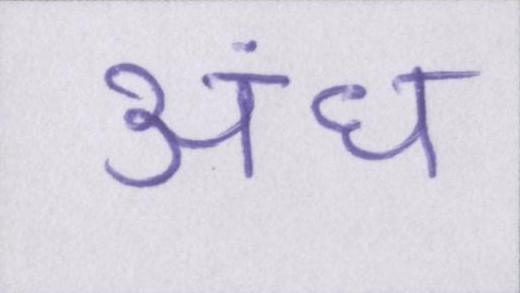
अंध